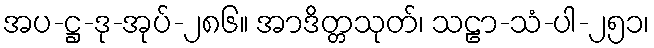
အပ-ဋ္ဌ-ဒု-အုပ်-၂၈၆။ အာဒိတ္တသုတ်၊ သဠာ-သံ-ပါ-၂၅၁၊